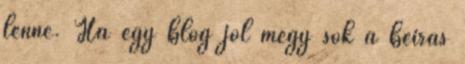
lenne. Ha egy blog jól megy sok a beírás